Vaccination in Bombay 1863-1868 - 1863-1868
Year: 1863
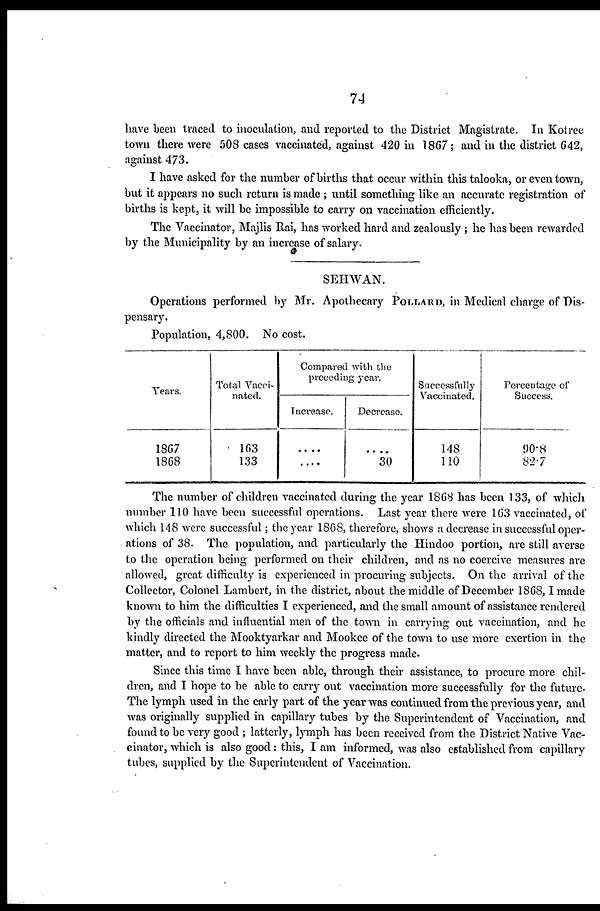
74
have been traced to inoculation, and reported to the District Magistrate. In Kotree
town there were 508 cases vaccinated, against 420 in 1867; and in the district 642,
against 473.
I have asked for the number of births that occur within this talooka, or even town,
but it appears no such return is made ; until something like an accurate registration of
births is kept, it will be impossible to carry on vaccination efficiently.
The Vaccinator, Majlis Rai, has worked hard and zealously ; he has been rewarded
by the Municipality by an increase of salary.
SEHWAN.
Operations performed by Mr. Apothecary POLLARD, in Medical charge of Dis-
pensary.
Population, 4,800. No cost.
Years.
1867
1868
Total Vacci-
nated.
163
133
Compared with the
preceding year.
Increase.
....
....
Decrease.
....
30
Successfully
Vaccinated.
148
110
Percentage of
Success.
90.8
82.7
The number of children vaccinated during the year 1868 has been 133, of which
number 110 have been successful operations. Last year there were 163 vaccinated, of
which 148 were successful; the year 1868, therefore, shows a decrease in successful oper-
ations of 38. The population, and particularly the Hindoo portion, are still averse
to the operation being performed on their children, and as no coercive measures are
allowed, great difficulty is experienced in procuring subjects. On the arrival of the
Collector, Colonel Lambert, in the district, about the middle of December 1868, I made
known to him the difficulties I experienced, and the small amount of assistance rendered
by the officials and influential men of the town in carrying out vaccination, and he
kindly directed the Mooktyarkar and Mookee of the town to use more exertion in the
matter, and to report to him weekly the progress made.
Since this time I have been able, through their assistance, to procure more chil-
dren, and I hope to be able to carry out vaccination more successfully for the future
The lymph used in the early part of the year was continued from the previous year, and
was originally supplied in capillary tubes by the Superintendent of Vaccination, and
found to be very good ; latterly, lymph has been received from the District Native Vac-
cinator, which is also good: this, I am informed, was also established from capillary
tubes, supplied by the Superintendent of Vaccination.